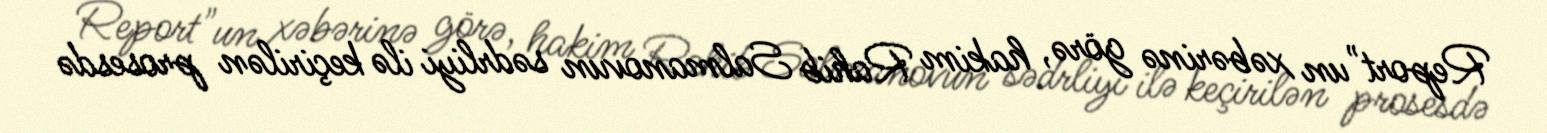
Report"un xəbərinə görə, hakim Rahib Salmanovun sədrliyi ilə keçirilən prosesdə